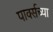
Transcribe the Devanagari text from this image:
पार्क्सच्या